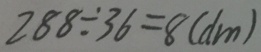
2 8 8 \div 3 6 = 8 ( d m )